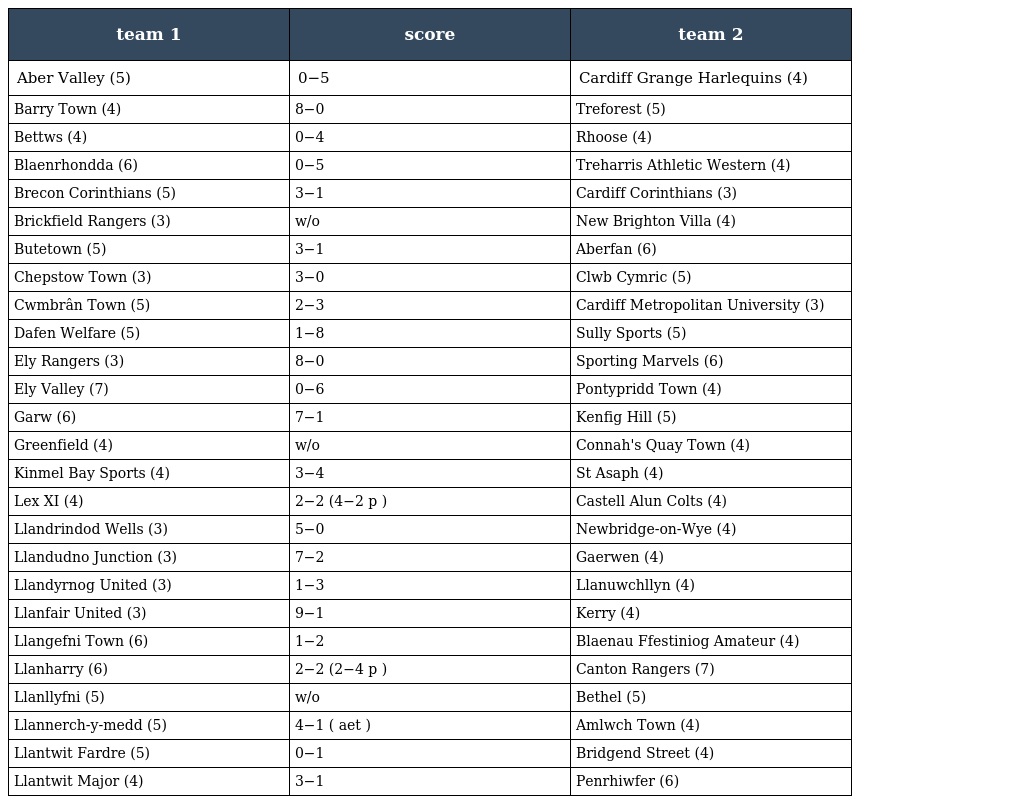
| team 1 | score | team 2 |
 | --- | --- | --- |
 | Aber Valley (5) | 0−5 | Cardiff Grange Harlequins (4) |
 | Barry Town (4) | 8−0 | Treforest (5) |
 | Bettws (4) | 0−4 | Rhoose (4) |
 | Blaenrhondda (6) | 0−5 | Treharris Athletic Western (4) |
 | Brecon Corinthians (5) | 3−1 | Cardiff Corinthians (3) |
 | Brickfield Rangers (3) | w/o | New Brighton Villa (4) |
 | Butetown (5) | 3−1 | Aberfan (6) |
 | Chepstow Town (3) | 3−0 | Clwb Cymric (5) |
 | Cwmbrân Town (5) | 2−3 | Cardiff Metropolitan University (3) |
 | Dafen Welfare (5) | 1−8 | Sully Sports (5) |
 | Ely Rangers (3) | 8−0 | Sporting Marvels (6) |
 | Ely Valley (7) | 0−6 | Pontypridd Town (4) |
 | Garw (6) | 7−1 | Kenfig Hill (5) |
 | Greenfield (4) | w/o | Connah's Quay Town (4) |
 | Kinmel Bay Sports (4) | 3−4 | St Asaph (4) |
 | Lex XI (4) | 2−2 (4−2 p ) | Castell Alun Colts (4) |
 | Llandrindod Wells (3) | 5−0 | Newbridge-on-Wye (4) |
 | Llandudno Junction (3) | 7−2 | Gaerwen (4) |
 | Llandyrnog United (3) | 1−3 | Llanuwchllyn (4) |
 | Llanfair United (3) | 9−1 | Kerry (4) |
 | Llangefni Town (6) | 1−2 | Blaenau Ffestiniog Amateur (4) |
 | Llanharry (6) | 2−2 (2−4 p ) | Canton Rangers (7) |
 | Llanllyfni (5) | w/o | Bethel (5) |
 | Llannerch-y-medd (5) | 4−1 ( aet ) | Amlwch Town (4) |
 | Llantwit Fardre (5) | 0−1 | Bridgend Street (4) |
 | Llantwit Major (4) | 3−1 | Penrhiwfer (6) |